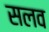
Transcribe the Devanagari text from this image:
सलव